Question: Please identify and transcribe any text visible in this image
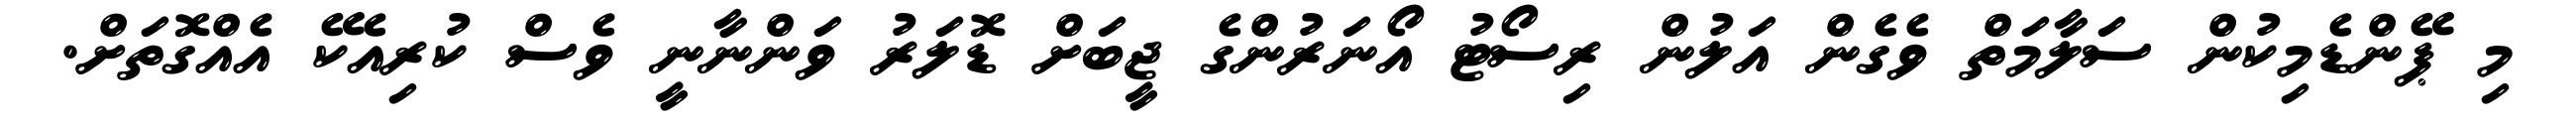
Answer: މި ޕޭންޑެމިކުން ސަލާމަތް ވެގެން އަލުން ރިސޯޓު އޯނަރުންގެ ޖީބަށް ޑޮލަރު ވަންނާނީ ވެސް ކުރިއެކޭ އެއްގޮތަށް.